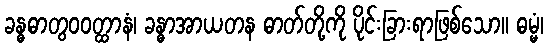
ခန္ဓဓာတွဝဝတ္ထာနံ၊ ခန္ဓာအာယတန ဓာတ်တို့ကို ပိုင်းခြားရာဖြစ်သော။ ဓမ္မံ၊